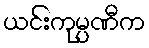
ယင်းကုမ္ပဏီက